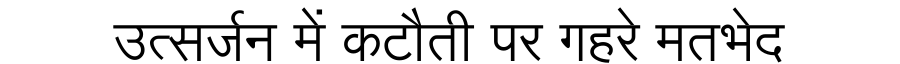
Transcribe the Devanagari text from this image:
उत्सर्जन में कटौती पर गहरे मतभेद